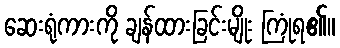
ဆေးရုံကားကို ချန်ထားခြင်းမျိုး ကြုံရ၏။